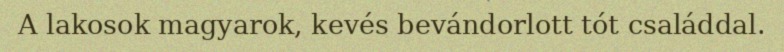
A lakosok magyarok, kevés bevándorlott tót családdal.